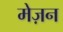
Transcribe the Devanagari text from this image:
मेज़न